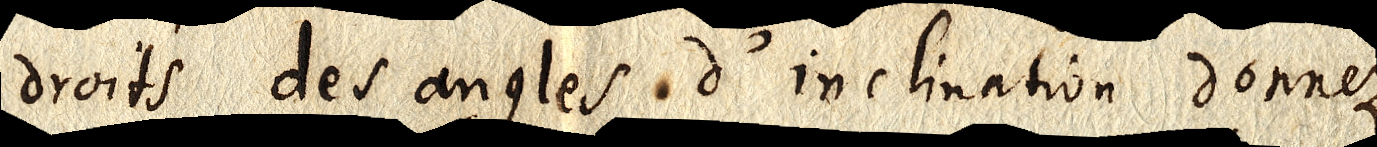
droits des angles d’inclination donnez